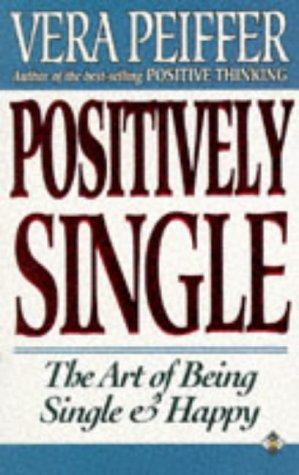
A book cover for Positively Single: The Art of Being Single & Happy; Vera Peiffer; Self-Help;